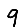
Digit: 9